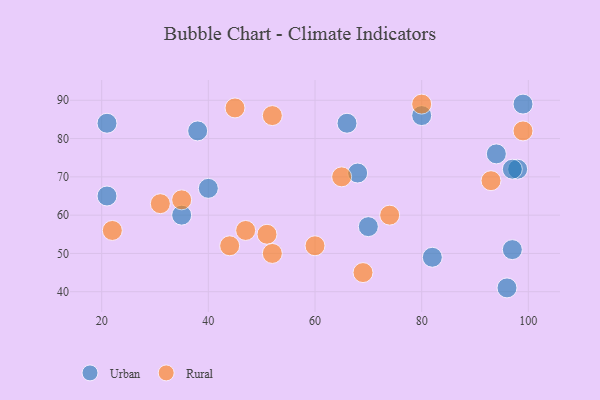
{"axis": {"x": "GDP", "y": "Life Expectancy"}, "legend": ["Rural", "Urban"], "data": [{"x": "40", "y": 67, "type": "Urban"}, {"x": "66", "y": 84, "type": "Urban"}, {"x": "97", "y": 51, "type": "Urban"}, {"x": "21", "y": 84, "type": "Urban"}, {"x": "38", "y": 82, "type": "Urban"}, {"x": "94", "y": 76, "type": "Urban"}, {"x": "98", "y": 72, "type": "Urban"}, {"x": "82", "y": 49, "type": "Urban"}, {"x": "70", "y": 57, "type": "Urban"}, {"x": "80", "y": 86, "type": "Urban"}, {"x": "21", "y": 65, "type": "Urban"}, {"x": "97", "y": 72, "type": "Urban"}, {"x": "68", "y": 71, "type": "Urban"}, {"x": "96", "y": 41, "type": "Urban"}, {"x": "99", "y": 89, "type": "Urban"}, {"x": "35", "y": 60, "type": "Urban"}, {"x": "52", "y": 86, "type": "Rural"}, {"x": "74", "y": 60, "type": "Rural"}, {"x": "44", "y": 52, "type": "Rural"}, {"x": "99", "y": 82, "type": "Rural"}, {"x": "47", "y": 56, "type": "Rural"}, {"x": "35", "y": 64, "type": "Rural"}, {"x": "31", "y": 63, "type": "Rural"}, {"x": "93", "y": 69, "type": "Rural"}, {"x": "45", "y": 88, "type": "Rural"}, {"x": "51", "y": 55, "type": "Rural"}, {"x": "80", "y": 89, "type": "Rural"}, {"x": "52", "y": 50, "type": "Rural"}, {"x": "65", "y": 70, "type": "Rural"}, {"x": "22", "y": 56, "type": "Rural"}, {"x": "60", "y": 52, "type": "Rural"}, {"x": "69", "y": 45, "type": "Rural"}]}